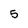
Character: 5